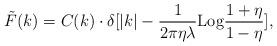
LaTeX: \begin{align*}\tilde F(k)= C(k)\cdot \delta[|k|-{1\over{2\pi \eta \lambda}}{\rm Log}{{1+\eta}\over {1-\eta}}],\end{align*}